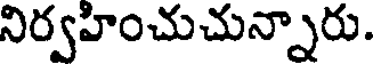
నిర్వహించుచున్నారు.